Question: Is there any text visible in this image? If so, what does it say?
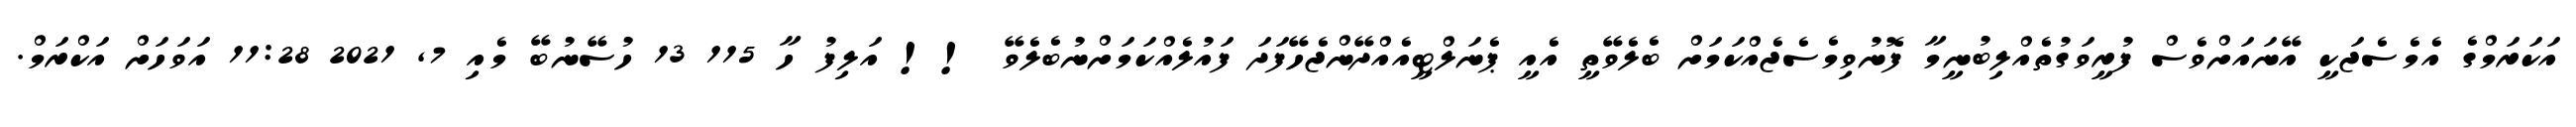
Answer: އަކަރަމްގެ އެމެސެޖަކީ އޭނައަށްވެސް ފުރީވަގުތެއްލިބުނީމާ ފޮނުވިމެސެޖެއްކަމަށް ބެލެވޭތީ އެއީ ޕެނަލްޓީއެއްދޭންޖެހޭފަދަ ފައުލެއްކަމަށްނުބެލެވޭ !! އަލިފު ހާ 115 13 ހުސޭނުބޭ މެއި 7, 2021 11:28 އަވަހަށް އަކްރަމް.